Education (Scotland) Act, 1942
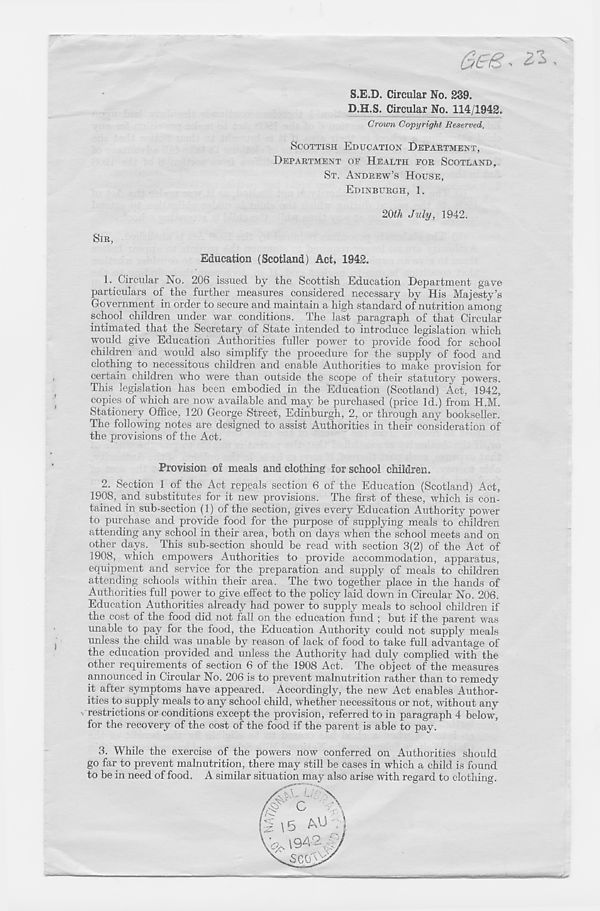
u
S.E.D. Circular No. 239.
D.H.S. Circular No. 114/1942
Crown Copyright Reserved,
SCOTTISH EDUCATION DEPARTMENT,
DEPARTMENT OF HEALTH FOR SCOTLAND,
ST. ANDREW’S HOUSE,
EDINBURGH, 1.
20^ July, 1942.
SIR,
Education (Scotland) Act, 1942.
1. Circular No. 206 issued by the Scottish Education Department gave
particulars of the further measures considered necessary by His Majesty’s
Government in order to secure and maintain a high standard of nutrition among
school children under war conditions. The last paragraph of that Circular
intimated that the Secretary of State intended to introduce legislation which
would give Education Authorities fuller power to provide food for school
children and would also simplify the procedure for the supply of food and
clothing to necessitous children and enable Authorities to make provision for
certain children who were than outside the scope of their statutory powers.
This legislation has been embodied in the Education (Scotland) Act, 1942,
copies of which are now available and may be purchased (price Id.) from H.M.
Stationery Office, 120 George Street, Edinburgh, 2, or through any bookseller.
The following notes are designed to assist Authorities in their consideration of
the provisions of the Act.
Provision of meals and clothing for school children.
2. Section 1 of the Act repeals section 6 of the Education (Scotland) Act,
1908, and substitutes for it new provisions. The first of these, which is con-
tained in sub-section (1) of the section, gives every Education Authority power
to purchase and provide food for the purpose of supplying meals to children
attending any school in their area, both on days when the school meets and on
other days. This sub-section should be read with section 3(2) of the Act of
1908, which empowers Authorities to provide accommodation, apparatus,
equipment and service for the preparation and supply of meals to children
attending schools within their area. The two together place in the hands of
Authorities full power to give effect to the policy laid down in Circular No. 206.
Education Authorities already had power to supply meals to school children if
the cost of the food did not fall on the education fund ; but if the parent was
unable to pay for the food, the Education Authority could not supply meals
unless the child was unable by reason of lack of food to take full advantage of
the education provided and unless the Authority had duly complied with the
other requirements of section 6 of the 1908 Act. The object of the measures
announced in Circular No. 206 is to prevent malnutrition rather than to remedy
it after symptoms have appeared. Accordingly, the new Act enables Author-
ities to supply meals to any school child, whether necessitous or not, without any
■ restrictions or conditions except the provision, referred to in paragraph 4 below,
for the recovery of the cost of the food if the parent is able to pay.
3. While the exercise of the powers now conferred on Authorities should
go far to prevent malnutrition, there may still be cases in which a child is found